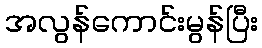
အလွန်ကောင်းမွန်ပြီး